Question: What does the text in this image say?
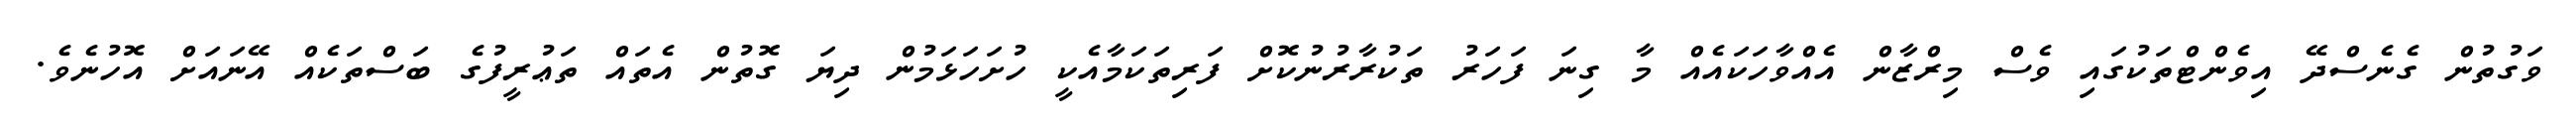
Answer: ވަގުތުން ގެނެސްދޭ އިވެންޓްތަކުގައި ވެސް މިރްޒާން އެއްވާހަކައެއް މާ ގިނަ ފަހަރު ތަކުރާރުނުކޮށް ފަރިތަކަމާއެކީ ހުށަހަޅަމުން ދިޔަ ގޮތުން އެތައް ތަޢުރީފުގެ ބަސްތަކެއް އޭނައަށް އޮހުނެވެ.